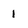
Character: 1